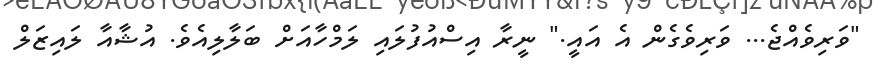
"ވަރިވެއްޖެ... ވަރިވެގެން އެ އައީ." ނީރާ އިސްއުފުލައި ލަމްހާއަށް ބަލާލިއެވެ. އުޝާއާ ލައިޒަލް